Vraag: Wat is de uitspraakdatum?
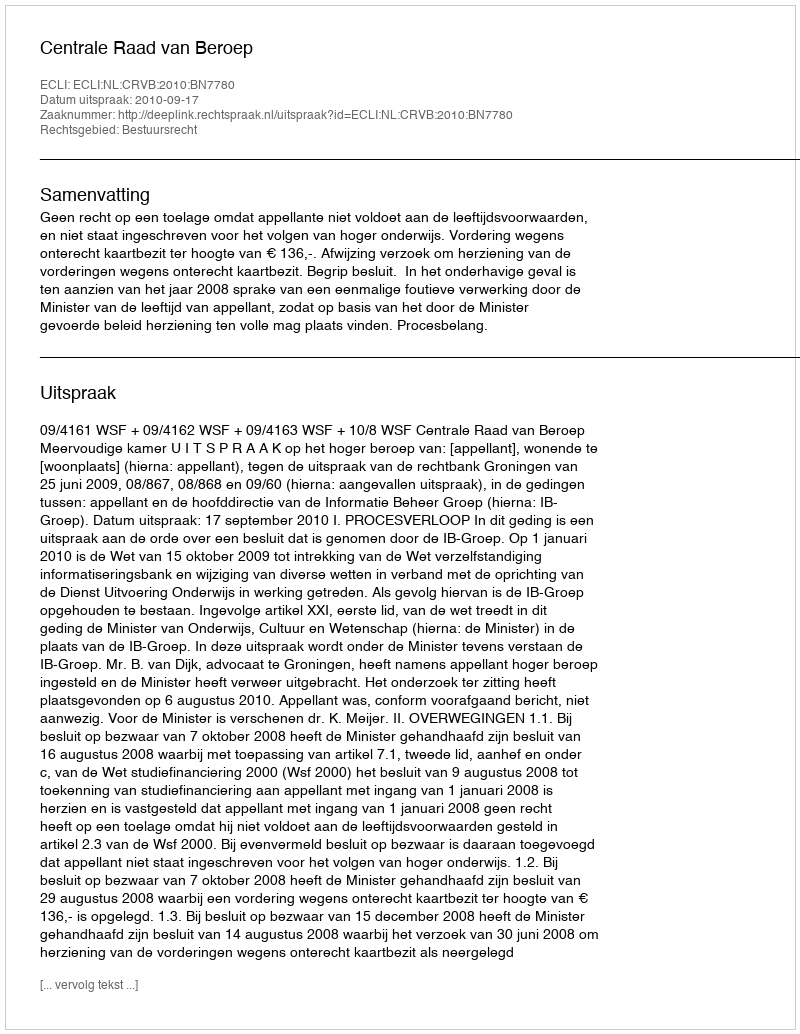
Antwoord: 2010-09-17